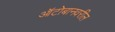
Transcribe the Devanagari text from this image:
ऑटोबानवरील